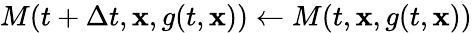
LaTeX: M(t+\Delta t,\mathbf{x},g(t,\mathbf{x}))\xleftarrow{}M(t,\mathbf{x},g(t,\mathbf{x}))